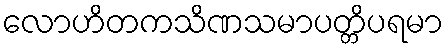
လောဟိတကသိဏသမာပတ္တိပရမာ